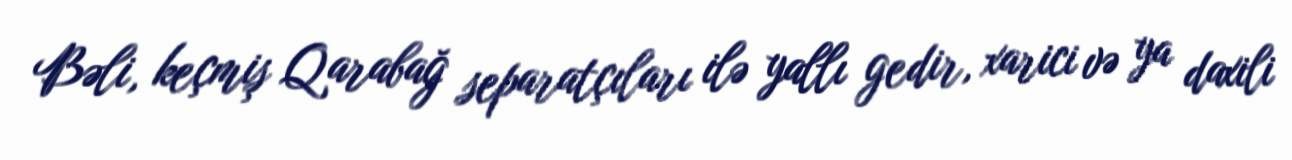
Bəli, keçmiş Qarabağ separatçıları ilə yallı gedir, xarici və ya daxili